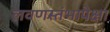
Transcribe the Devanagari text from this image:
लवणस्तंभापेक्षा